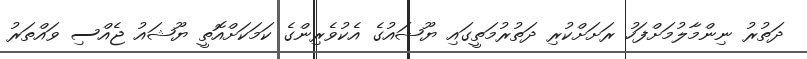
ދަތުރު ނިންމާލުމަށްފަހު ރަށަށްކުރި ދަތުރުމަތީގައި ޔޫޝައުގެ އެކުވެރިންގެ ކަމަކަށްއޮތީ ޔޫޝައު ޖެއްސި ވައްތަރު